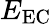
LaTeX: E_{\mathrm{EC}}